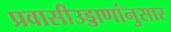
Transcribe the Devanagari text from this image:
प्रवासीउड्डाणांनुसार